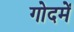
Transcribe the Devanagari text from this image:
गोदमें